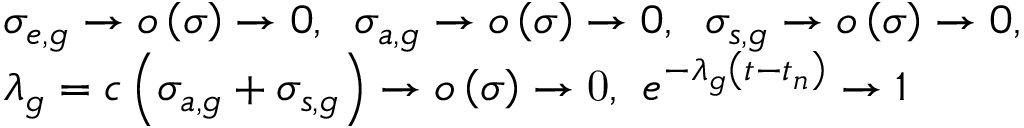
\begin{array} { l } { { \sigma _ { e , g } \to o \left( \sigma \right) \to 0 , \; \; \sigma _ { a , g } \to o \left( \sigma \right) \to 0 , \; \; \sigma _ { s , g } \to o \left( \sigma \right) \to 0 , } } \\ { { \lambda _ { g } = c \left( \sigma _ { a , g } + \sigma _ { s , g } \right) \to o \left( \sigma \right) \to \mathrm { 0 , } \; \; e ^ { - \lambda _ { g } \left( t - t _ { n } \right) } \to 1 } } \end{array}